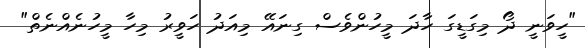
"ހީވަނީ ދޯ މިގަޑީގަ ހާދަ މީހުންވެސް ގިނައޭ މިއަދު ހަވީރު މިހާ މީހުނެއްނެތް"